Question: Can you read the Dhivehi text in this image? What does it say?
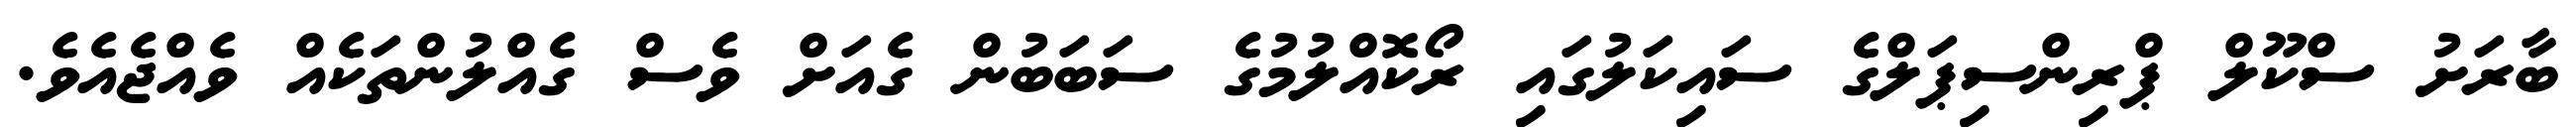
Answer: ބާރަށު ސްކޫލް ޕްރިންސިޕަލްގެ ސައިކަލުގައި ރޯކޮއްލުމުގެ ސަބަބުން ގެއަށް ވެސް ގެއްލުންތަކެއް ވެއްޖެއެވެ.